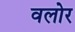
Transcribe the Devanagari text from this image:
वलोर